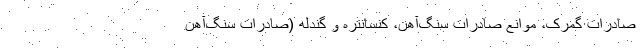
صادرات گمرک، موانع صادرات سنگ‌آهن، کنسانتره و گندله (صادرات سنگ‌آهن